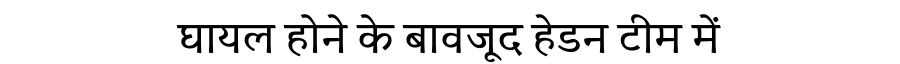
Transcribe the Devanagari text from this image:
घायल होने के बावजूद हेडन टीम में